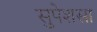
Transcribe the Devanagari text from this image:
सुपेशसा